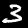
Digit: 3